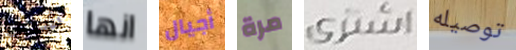
شيفا انها أجيال مرة اشترى توصيله